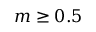
m \geq 0 . 5